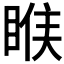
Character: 𰥱